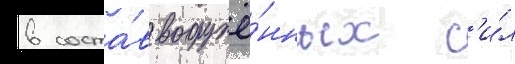
в соста́в вооружё́нных с'и́л